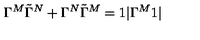
\Gamma ^ { M } \tilde { \Gamma } ^ { N } + \Gamma ^ { N } \tilde { \Gamma } ^ { M } = 1 | \Gamma ^ { M } 1 |